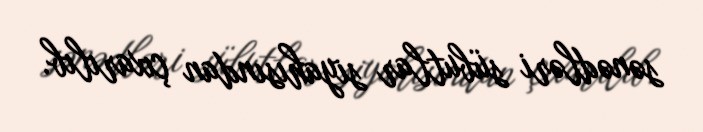
sənədləri sübutlar siyahısından çıxarılıb.